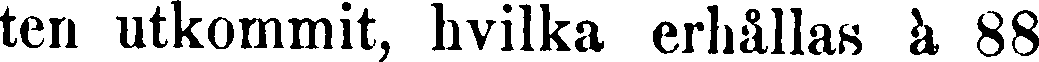
ten utkommit, hvilka erhållas à 88